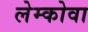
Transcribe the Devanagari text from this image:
लेम्कोवा